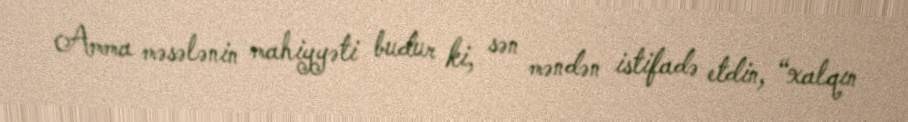
Amma məsələnin mahiyyəti budur ki, sən məndən istifadə etdin, “xalqın